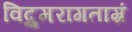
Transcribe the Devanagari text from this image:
विद्रुमरागताम्रं